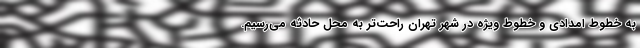
به خطوط امدادی و خطوط ویژه در شهر تهران راحت‌تر به محل حادثه می‌رسیم.